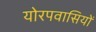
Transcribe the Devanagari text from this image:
योरपवासियों